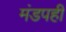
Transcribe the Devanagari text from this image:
मंडपही